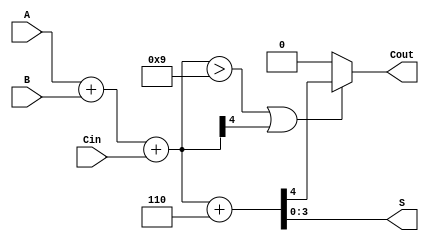
module BCD_Fast_Adder (
    input [3:0] A,      // 4-bit BCD input A
    input [3:0] B,      // 4-bit BCD input B
    input Cin,          // Carry-in
    output reg [3:0] S, // 4-bit BCD sum output
    output reg Cout     // Carry-out
);

    // Internal wires
    wire [4:0] Sum;         // 5-bit sum to accommodate overflow
    wire Cout_int;          // Intermediate carry-out
    wire [3:0] Corrected_Sum; // Sum after correction

    // Binary Adder to calculate initial sum
    assign Sum = A + B + Cin; // 4-bit BCD sum with Carry-in

    // Intermediate carry out (5th bit of Sum)
    assign Cout_int = Sum[4];

    // Correction Logic
    always @(*) begin
        // Default assignments
        S = 4'b0000; 
        Cout = 1'b0;

        if ((Sum > 4'b1001) || Cout_int) begin
            // Perform correction by adding 6 (0110)
            {Cout, Corrected_Sum} = Sum + 4'b0110; // Add 6 to correct the sum
        end else begin
            // No correction needed
            S = Sum[3:0];    // Assign lower 4 bits to S
            Cout = 1'b0;     // No carry-out
        end
        
        // Assign the final corrected sum to S
        S = Corrected_Sum[3:0];
    end

endmodule